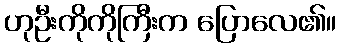
ဟုဦးကိုကိုကြီးက ပြောလေ၏။